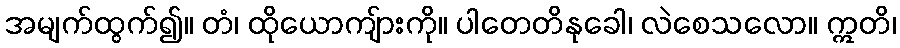
အမျက်ထွက်၍။ တံ၊ ထိုယောကျ်ားကို။ ပါတေတိနုခေါ၊ လဲစေသလော။ ဣတိ၊